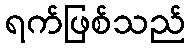
ရက်ဖြစ်သည်